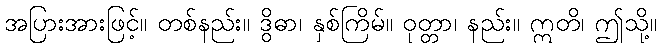
အပြားအားဖြင့်။ တစ်နည်း။ ဒွိဓာ၊ နှစ်ကြိမ်။ ဝုတ္တာ၊ နည်း။ ဣတိ၊ ဤသို့။